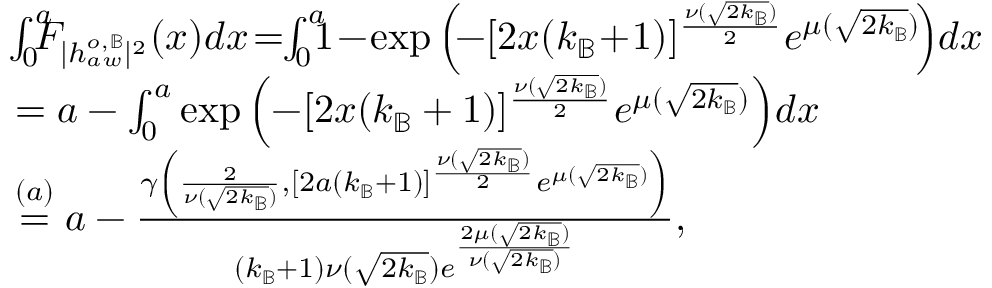
\begin{array} { r l } & { \! \int _ { 0 } ^ { a } \! \! \! \! F _ { | h _ { a w } ^ { o , \mathbb { B } } | ^ { 2 } } ( x ) d x \! = \! \! \int _ { 0 } ^ { a } \! \! \! 1 \! - \! \exp { \left( \! - [ 2 x ( k _ { \mathbb { B } } \! + \! 1 ) ] ^ { \frac { \nu ( \sqrt { 2 k _ { \mathbb { B } } } ) } { 2 } } e ^ { \mu ( \sqrt { 2 k _ { \mathbb { B } } } ) } \! \right) } d x } \\ & { = a - \int _ { 0 } ^ { a } \exp { \left( - [ 2 x ( k _ { \mathbb { B } } + 1 ) ] ^ { \frac { \nu ( \sqrt { 2 k _ { \mathbb { B } } } ) } { 2 } } e ^ { \mu ( \sqrt { 2 k _ { \mathbb { B } } } ) } \right) } d x } \\ & { \overset { ( a ) } { = } a - \frac { \gamma \left( \frac { 2 } { \nu ( \sqrt { 2 k _ { \mathbb { B } } } ) } , [ 2 a ( k _ { \mathbb { B } } + 1 ) ] ^ { \frac { \nu ( \sqrt { 2 k _ { \mathbb { B } } } ) } { 2 } } e ^ { \mu ( \sqrt { 2 k _ { \mathbb { B } } } ) } \right) } { ( k _ { \mathbb { B } } + 1 ) \nu ( \sqrt { 2 k _ { \mathbb { B } } } ) e ^ { \frac { 2 \mu ( \sqrt { 2 k _ { \mathbb { B } } } ) } { \nu ( \sqrt { 2 k _ { \mathbb { B } } } ) } } } , } \end{array}